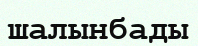
шалынбады